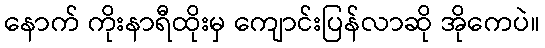
နောက် ကိုးနာရီထိုးမှ ကျောင်းပြန်လာဆို အိုကေပဲ။